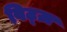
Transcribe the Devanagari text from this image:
विट्ज़